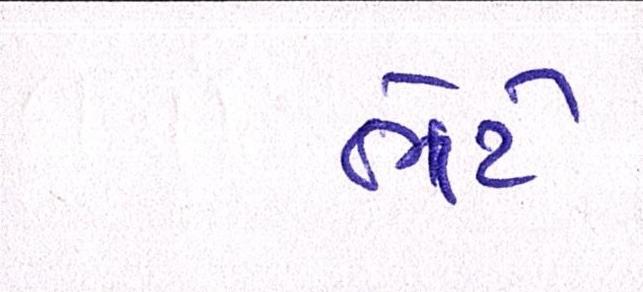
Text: ભેટે